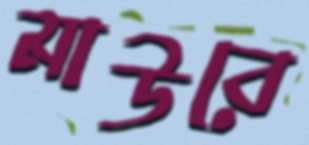
মাউবে